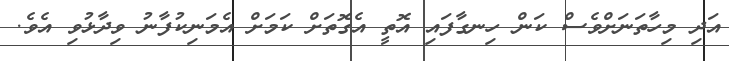
އަދި މިހާތަނަށްވެސް ކަން ހިނގާފައި އޮތީ އެގޮތަށް ކަަމަށް އެމަނިކުފާނު ވިދާޅުވި އެވެ.